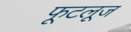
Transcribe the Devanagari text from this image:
फूटलूज